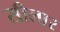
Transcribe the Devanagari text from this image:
सीलार